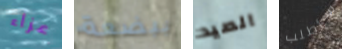
عزاء ببضعة الصيد سأطلب